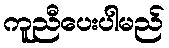
ကူညီပေးပါမည်